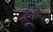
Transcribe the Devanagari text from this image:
अंड्गो